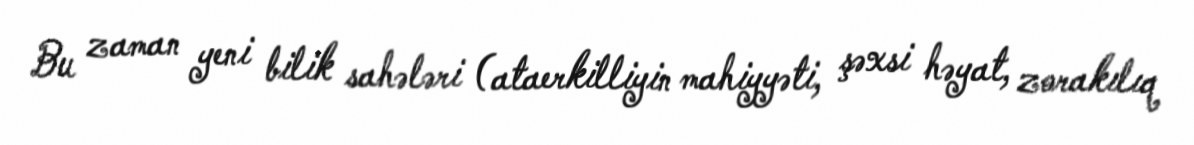
Bu zaman yeni bilik sahələri (ataerkilliyin mahiyyəti, şəxsi həyat, zorakılıq